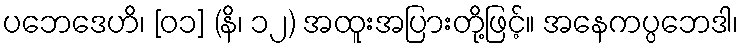
ပဘေဒေဟိ၊ [၀၁] (နိ၊ ၁၂) အထူးအပြားတို့ဖြင့်။ အနေကပ္ပဘေဒါ၊